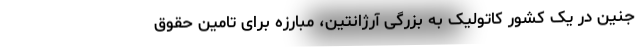
جنین در یک کشور کاتولیک به بزرگی آرژانتین، مبارزه برای تامین حقوق